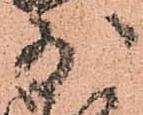
少